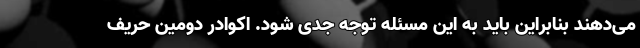
می‌دهند بنابراین باید به این مسئله توجه جدی شود. اکوادر دومین حریف